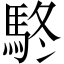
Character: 𩢦